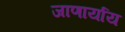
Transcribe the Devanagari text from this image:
जाणार्याय